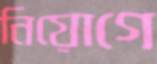
নিয়োগে